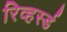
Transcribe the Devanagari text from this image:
रिव्हर्स्ड